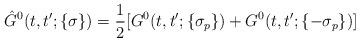
LaTeX: \begin{align*}\hat G^0(t,t';\{\sigma\})= \frac{1}{2}[G^0(t,t';\{\sigma_p\})+G^0(t,t';\{-\sigma_p\})]\end{align*}